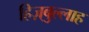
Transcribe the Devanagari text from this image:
हिज़्बुल्लाह